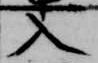
入